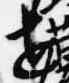
世